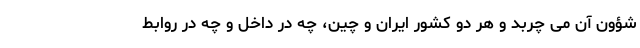
شؤون آن می چربد و هر دو کشور ایران و چین، چه در داخل و چه در روابط